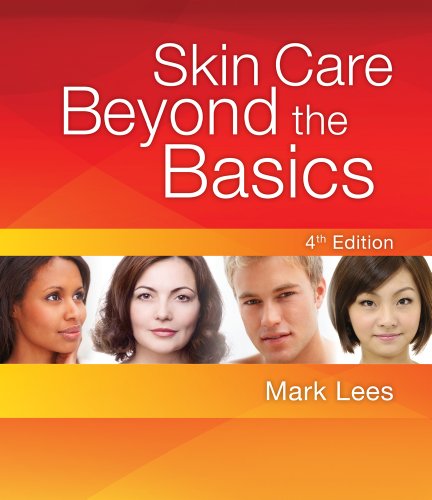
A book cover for Skin Care: Beyond The Basics; Mark Lees; Health, Fitness & Dieting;